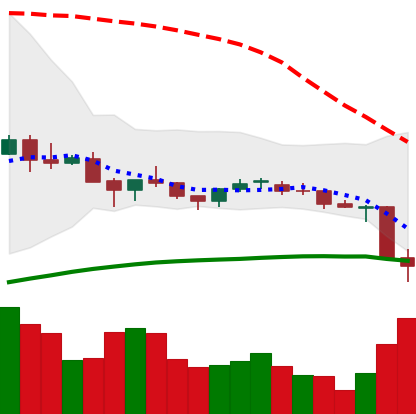
Ticker: NEO-USD
Chart end date: 2021-06-22
Forward return: 6.472%
Label: up_5_7